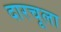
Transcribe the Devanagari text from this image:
दारचूला